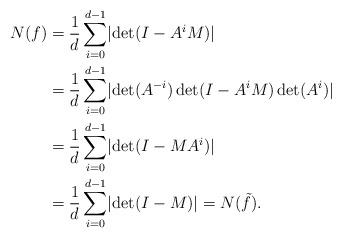
LaTeX: \begin{align*} N(f)&=\frac{1}{d}\sum_{i=0}^{d-1} \lvert\det(I-A^i M)\rvert\\ &=\frac{1}{d}\sum_{i=0}^{d-1} \lvert \det(A^{-i})\det(I-A^i M)\det(A^i)\rvert\\ &=\frac{1}{d}\sum_{i=0}^{d-1} \lvert \det(I- MA^i)\rvert\\ &=\frac{1}{d}\sum_{i=0}^{d-1} \lvert \det(I- M)\rvert =N(\tilde f).\end{align*}